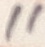
Text: 11